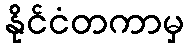
နိုင်ငံတကာမှ